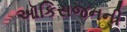
ઑકિસજનની